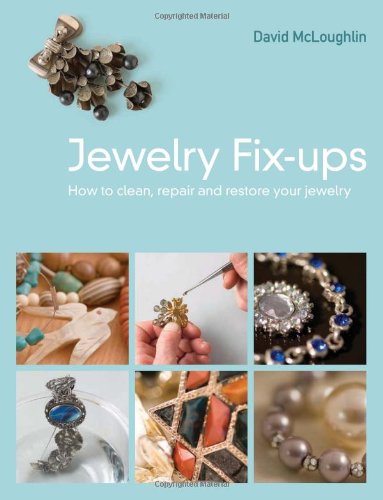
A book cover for Jewelry Fixups: How to Clean, Repair, and Restore Your Jewelry; David McLoughlin; Crafts, Hobbies & Home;